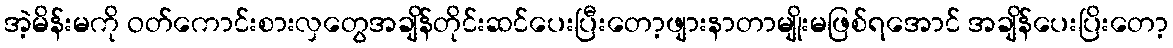
အဲ့မိန်းမကို ဝတ်ကောင်းစားလှတွေအချိန်တိုင်းဆင်ပေးပြီးတော့ဖျားနာတာမျိုးမဖြစ်ရအောင် အချိန်ပေးပြိးတော့